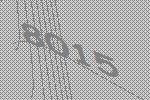
8015